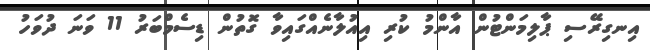
އިނގިރޭސި ޕާލިމަންޓުން އާންމު ކުރި އިއުލާނެއްގައިވާ ގޮތުން ޑިސެމްބަރު 11 ވަނަ ދުވަހު